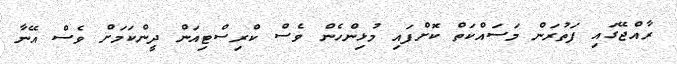
ރާއްޖޭގައި ފަތުރަން މަސައްކަތް ކޮށްފައި މުޅިންހެން ވެސް ކްރިސްޓިއަން ދީންކަމަށް ވެސް އޭނާ